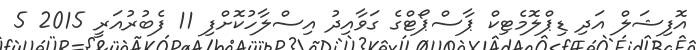
އޮފިޝަލް އަދި ޑިޕްލޮމެޓިކް ޕާސްޕޯޓްގެ ގަވާއިދު އިސްލާހުކޮށްފި 11 ފެބުރުއަރީ 2015 5